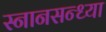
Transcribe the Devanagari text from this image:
स्नानसन्ध्या